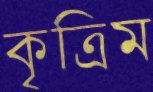
কৃত্রিম